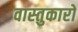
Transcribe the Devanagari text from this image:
वास्‍तुकारों